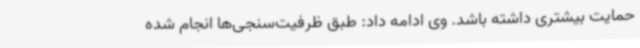
حمایت بیشتری داشته باشد. وی ادامه داد: طبق ظرفیت‌سنجی‌ها انجام شده